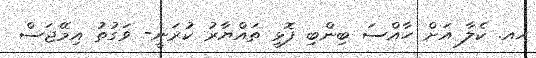
ހއ. ކެލާ އަށް ހާއްސަ ބިންބި ފޮޅީ ތައްޔާރު ކުރަނީ- ވަގުތު އިމޭޖަސް